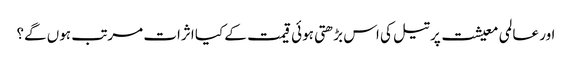
اور عالمی معیشت پر تیل کی اس بڑھتی ہوئی قیمت کے کیا اثرات مرتب ہوں گے؟